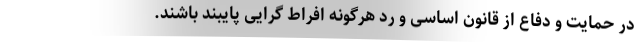
در حمایت و دفاع از قانون اساسی و رد هرگونه افراط گرایی پایبند باشند.